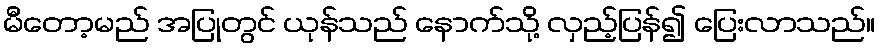
မီတော့မည် အပြုတွင် ယုန်သည် နောက်သို့ လှည့်ပြန်၍ ပြေးလာသည်။